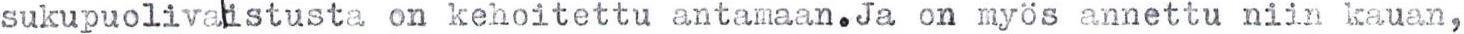
sukupuolivalistusta on kehoitettu antamaan.Ja on myös annettu niin kauan,